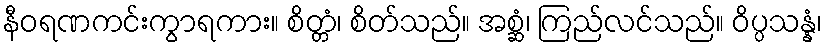
နီဝရဏကင်းကွာရကား။ စိတ္တံ၊ စိတ်သည်။ အစ္ဆံ၊ ကြည်လင်သည်။ ဝိပ္ပသန္နံ၊